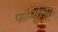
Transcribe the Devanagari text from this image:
फोर्म्युला